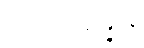
ပုဂ္ဂလပ္ပသန္နာနံ